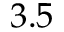
3 . 5